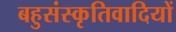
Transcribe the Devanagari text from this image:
बहुसंस्कृतिवादियों